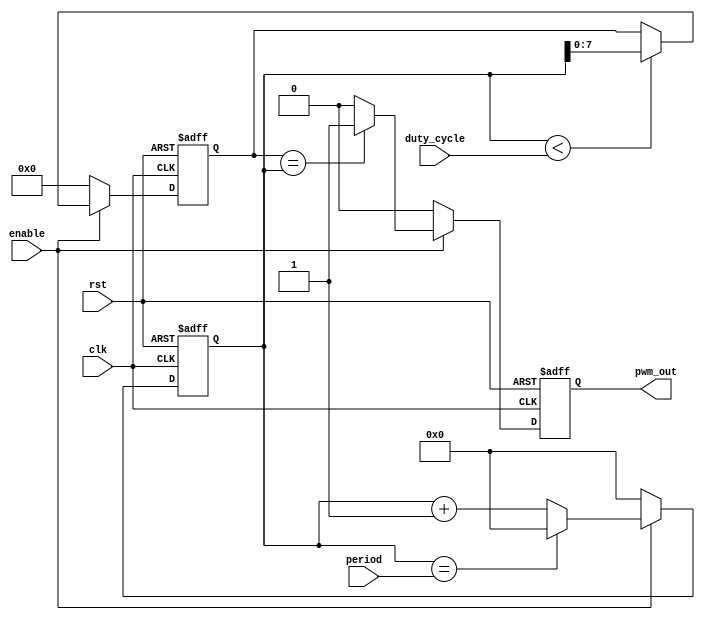
module pwm_timer(
    input wire clk,
    input wire rst,
    input wire enable,
    input wire [7:0] duty_cycle,
    input wire [15:0] period,
    output reg pwm_out
);

reg [15:0] counter;
reg [7:0] duty_value;
reg enable_state;

always @(posedge clk or posedge rst) begin
    if(rst) begin
        counter <= 16'd0;
        duty_value <= 8'd0;
        enable_state <= 1'b0;
        pwm_out <= 1'b0;
    end else begin
        if(enable) begin
            if(counter == period) begin
                counter <= 16'd0;
            end else begin
                counter <= counter + 1;
            end
            if(counter < duty_cycle) begin
                duty_value <= counter;
            end
            if(duty_value == counter) begin
                pwm_out <= 1'b1;
            end else begin
                pwm_out <= 1'b0;
            end
            if(enable_state == 1'b0) begin
                enable_state <= 1'b1;
            end
        end else begin
            counter <= 16'd0;
            duty_value <= 8'd0;
            pwm_out <= 1'b0;
            enable_state <= 1'b0;
        end
    end
end

endmodule